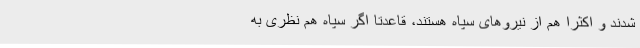
شدند و اکثراً هم از نیروهای سپاه هستند، قاعدتاً اگر سپاه هم نظری به